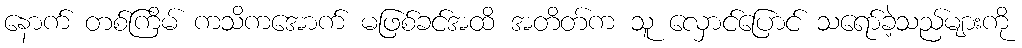
နောက် တစ်ကြိမ် ကသိကအောက် မဖြစ်ခင်အထိ အတိတ်က သူ လှောင်ပြောင် သရော်ခဲ့သည်များကို